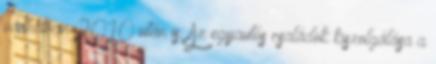
várhatóan 2010 után is. Az egyautós családok kiszolgálása a